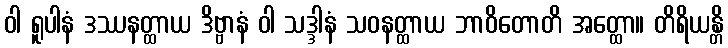
ဝါ ရူပါနံ ဒဿနတ္ထာယ ဒိဗ္ဗာနံ ဝါ သဒ္ဒါနံ သဝနတ္ထာယ ဘာဝိတောတိ အတ္ထော။ တိရိယန္တိ